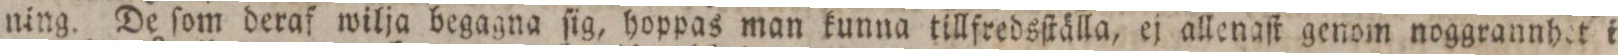
ning. De ſom deraf wilja begagna ſig, hoppas man kunna tillfredsſtälla, ej allenaſt genom noggrannhet i